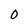
Character: 0